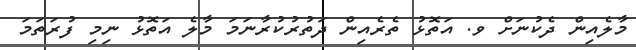
މާލެއިން ދެކުނަށް ވ. އަތޮޅު ތެރެއިން ދަތުރުކުރާނަމަ މާލެ އަތޮޅު ނިމި ފުރަތަމަ